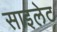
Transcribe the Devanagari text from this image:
साइलेट